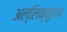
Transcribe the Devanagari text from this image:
अल्लिक्कुलम